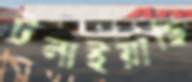
টলাইয়াছি